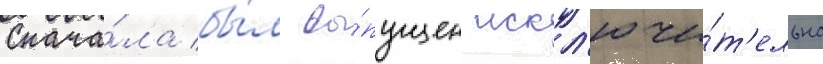
Снача́ла бы́л вы́пущен искл'ючи́т'ельно